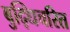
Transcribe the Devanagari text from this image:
बुद्धिचरित